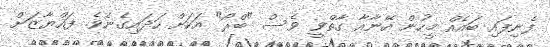
ފެނިފައި ބައެއް މީހުން އޭނާއާ ގާތްވީ ވެސް "ބްރޯ" އަކަށް ހަދައިގެނެވެ. ފައްޔާޒަށް